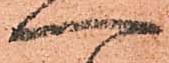
へ